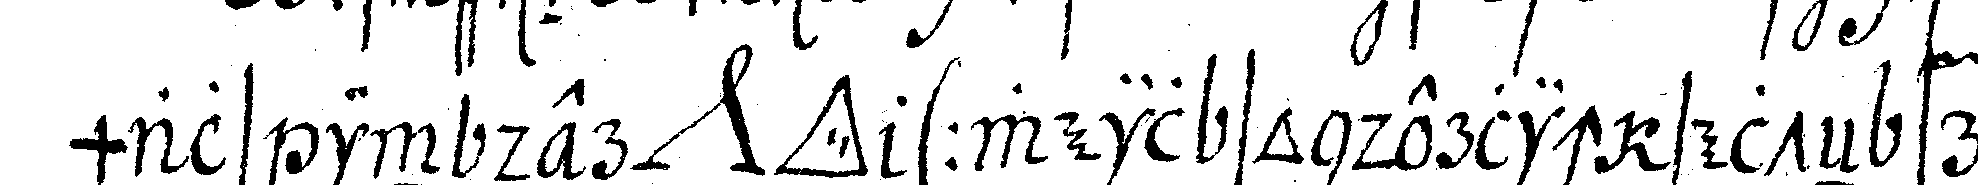
mals in der *nee* *tri..*  ( weil sonderlich selteN fre